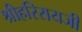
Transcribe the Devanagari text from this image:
श्रीहरिरायजी